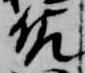
佐